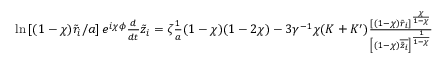
\begin{array} { r l } & { \ln \left[ ( 1 - \chi ) \tilde { r } _ { i } / a \right] e ^ { i \chi \phi } \frac { d } { d t } \tilde { z } _ { i } = \zeta \frac { 1 } { a } ( 1 - \chi ) ( 1 - 2 \chi ) - 3 \gamma ^ { - 1 } \chi ( K + K ^ { \prime } ) \frac { [ ( 1 - \chi ) \tilde { r } _ { i } ] ^ { \frac { \chi } { 1 - \chi } } } { \left[ ( 1 - \chi ) \overline { { \tilde { z } _ { i } } } \right] ^ { \frac { 1 } { 1 - \chi } } } } \end{array}